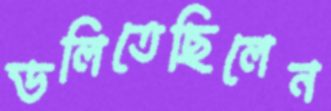
ডলিতেছিলেন